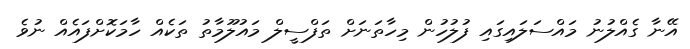
އޭނާ ގެއްލުނު މައްސަލައިގައި ފުލުހުން މިހާތަނަށް ތަފްސީލް މައުލޫމާތު ތަކެއް ހާމަކޮށްފައެއް ނުވެ